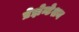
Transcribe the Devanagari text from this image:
प्रेझेन्टेशन